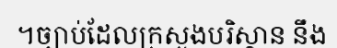
។ច្បាប់ដែលក្រសួងបរិស្ថាន នឹង